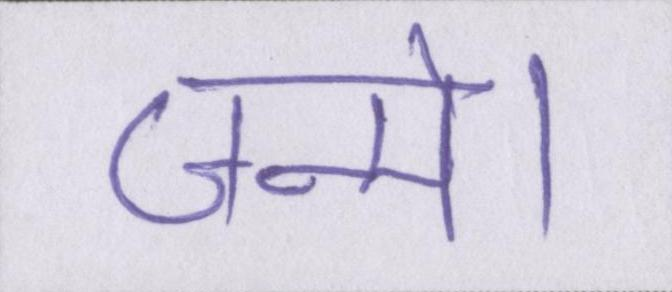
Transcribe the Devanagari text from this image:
जन्मे।